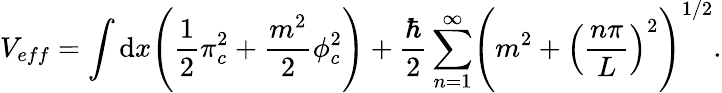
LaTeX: V_{eff}=\int\mathrm{d}x\Biggl(\frac{{1}}{{2}}\pi_{c}^{2}+\frac{{m^{2}}}{{2}}\phi_{c}^{2}\Biggr)+\frac{{\hbar}}{{2}}\sum_{n=1}^{\infty}\Biggl(m^{2}+\Bigl(\frac{{n\pi}}{{L}}\Bigr)^{2}\Biggr)^{1/2}.